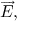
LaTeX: { \overrightarrow { E } } ,